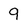
Character: 9